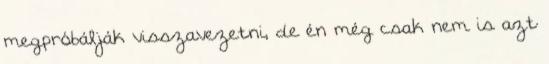
megpróbálják visszavezetni, de én még csak nem is azt